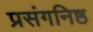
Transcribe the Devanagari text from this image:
प्रसंगनिष्ठ